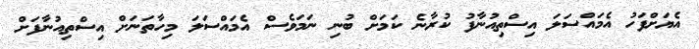
އެޔަށްފަހު އެމައްސަލަ އިސްތިއުނާފު ކުރާނެ ކަމަށް ބުނި ނަމަވެސް އެމައްސަލަ މިހާތަނަށް އިސްތިއުނާފަށް